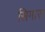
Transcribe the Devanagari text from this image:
सिगारा